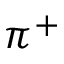
\pi ^ { + }